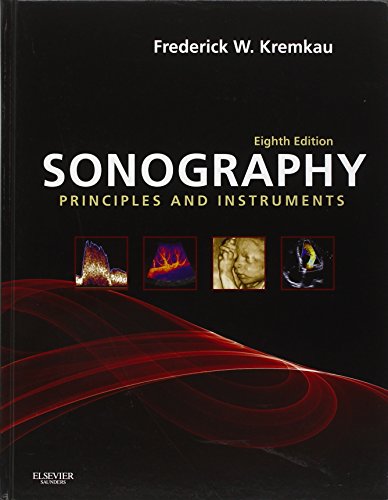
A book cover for Sonography Principles and Instruments, 8e (Diagnostic Ultrasound: Principles & Instruments (Kremkau)); Frederick W. Kremkau PhD; Medical Books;